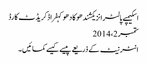
اسکیمپے پالٹرانزیکشندھوکادھوکہفراڈکریڈٹ کارڈ
ستمبر 2، 2014
انٹرنیٹ کے ذریعے پیسے کیسے کمائیں۔